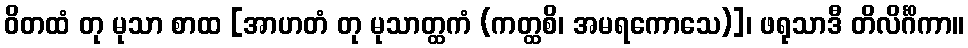
ဝိတထံ တု မုသာ စာထ [အာဟတံ တု မုသာတ္ထကံ (ကတ္ထစိ၊ အမရကောသေ)]၊ ဖရုသာဒီ တိလိင်္ဂိကာ။